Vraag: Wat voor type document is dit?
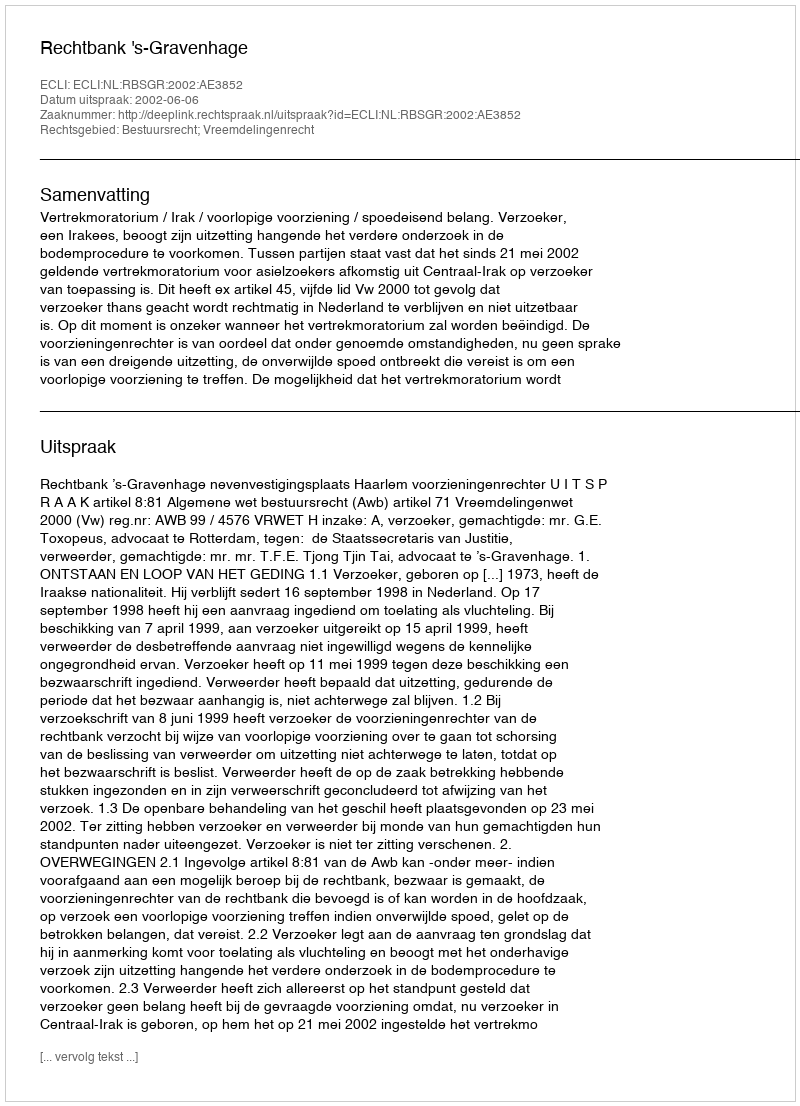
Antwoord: Uitspraak